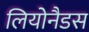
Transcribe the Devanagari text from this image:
लियोनैडस